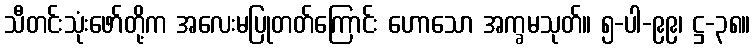
သီတင်းသုံးဖော်တို့က အလေးမပြုတတ်ကြောင်း ဟောသော အက္ခမသုတ်။ ၅-ပါ-၉၉၊ ဋ္ဌ-၃၈။